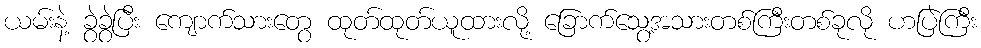
ယမ်းနဲ့ ခွဲခွဲပြီး ကျောက်သားတွေ ထုတ်ထုတ်ယူထားလို့ ခြောက်သွေ့အသားတစ်ကြီးတစ်ခုလို ဟပြဲကြီး